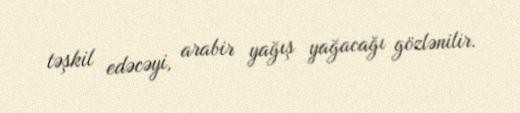
təşkil edəcəyi, arabir yağış yağacağı gözlənilir.